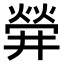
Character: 𤌌